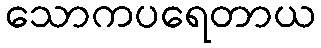
သောကပရေတာယ